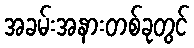
အခမ်းအနားတစ်ခုတွင်